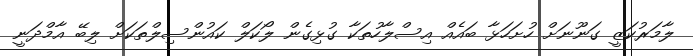
ލާމަރުކަޒީ ގަނޫނަށް ހުށަހަޅާ ބައެއް އިސްލާހުތަކާ ގުޅިގެން ލޯކަލް ކައުންސިލްތަކަށް ލިބޭ އާމްދަނީ